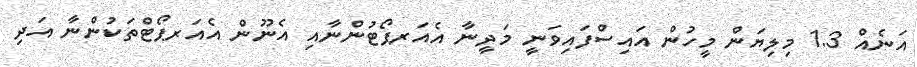
އަނެއް 1.3 މިލިޔަން މީހުން އައިސްފައިވަނީ މަދީނާ އެއަރޕޯޓުންނާއި އެނޫން އެއަރޕޯޓްތަކުންނާ އަދި